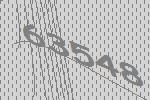
63548